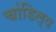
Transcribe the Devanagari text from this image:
चांडिल्य